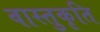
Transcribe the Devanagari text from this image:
वास्तुकृति